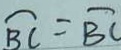
\widehat { B C } = \overline { B C }